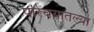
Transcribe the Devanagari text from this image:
परिचयातल्या